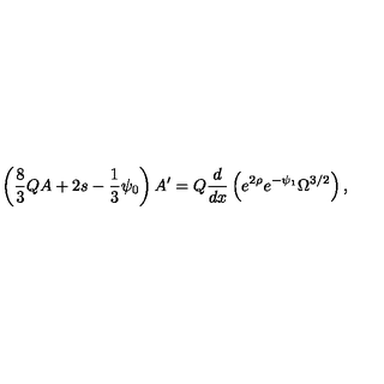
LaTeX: \left( \frac { 8 } { 3 } Q A + 2 s - \frac { 1 } { 3 } \psi _ { 0 } \right) A ^ { \prime } = Q \frac { d } { d x } \left( e ^ { 2 \rho } e ^ { - \psi _ { 1 } } \Omega ^ { 3 / 2 } \right) ,